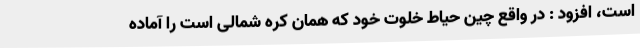
است، افزود : در واقع چین حیاط خلوت خود که همان کره شمالی است را آماده